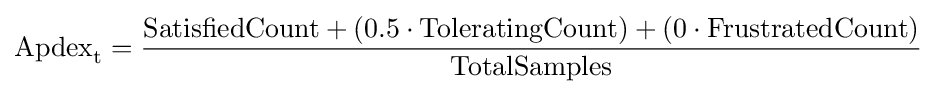
\mathrm {Apdex} _{\mathrm {t} }={\frac {\mathrm {SatisfiedCount} +({0.5\cdot \mathrm {ToleratingCount} })+(0\cdot \mathrm {FrustratedCount} )}{\mathrm {TotalSamples} }}